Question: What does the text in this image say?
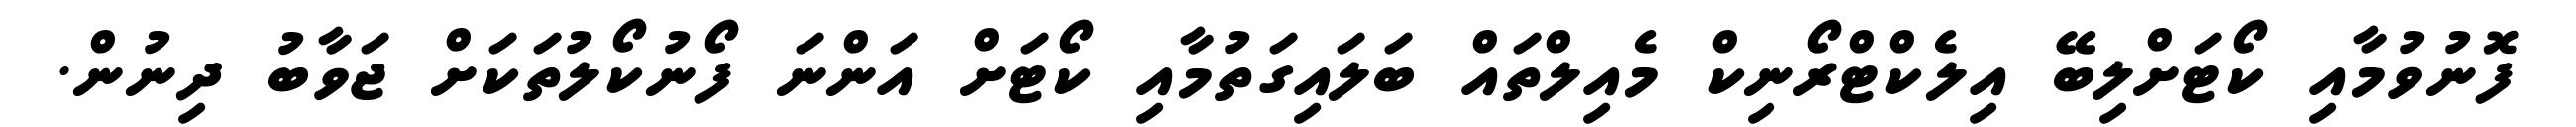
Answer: ފޮނުވުމާއި ކޯޓަށްލިބޭ އިލެކްޓްރޯނިކް މެއިލްތައް ބަލައިގަތުމާއި ކޯޓަށް އަންނަ ފޯނުކޯލުތަކަށް ޖަވާބު ދިނުން.